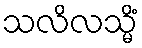
သလိလသ္မိံ